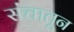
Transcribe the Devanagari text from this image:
संचातून